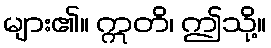
များ၏။ ဣတိ၊ ဤသို့။